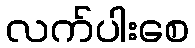
လက်ပါးစေ